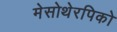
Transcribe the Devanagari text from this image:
मेसोथेरपिको